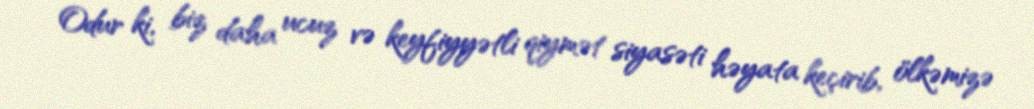
Odur ki, biz daha ucuz və keyfiyyətli qiymət siyasəti həyata keçirib, ölkəmizə